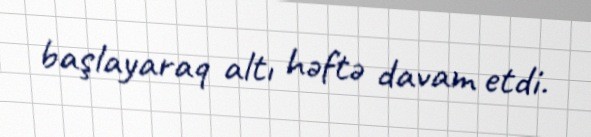
başlayaraq altı həftə davam etdi.